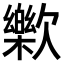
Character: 𣤰